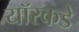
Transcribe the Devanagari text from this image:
यॉरकडे